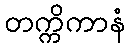
တက္ကိကာနံ